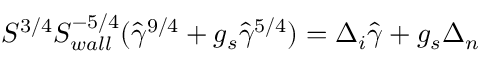
S ^ { 3 / 4 } S _ { w a l l } ^ { - 5 / 4 } ( \hat { \gamma } ^ { 9 / 4 } + g _ { s } \hat { \gamma } ^ { 5 / 4 } ) = \Delta _ { i } \hat { \gamma } + g _ { s } \Delta _ { n }